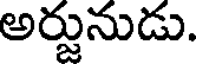
అర్జునుడు.